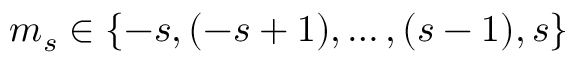
m _ { s } \in \{ - s , ( - s + 1 ) , \ldots , ( s - 1 ) , s \}